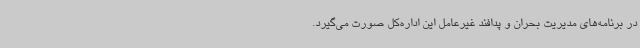
در برنامه‌های مدیریت بحران و پدافند غیرعامل این اداره‌کل صورت می‌گیرد.